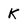
Character: k